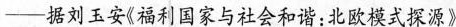
—据刘玉安《福利国家与社会和谐：北欧模式探源》